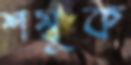
শম্বূক